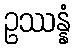
ဥဿန္နံ